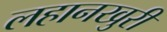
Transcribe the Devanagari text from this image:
लहानखुरी